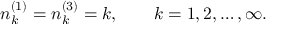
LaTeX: n _ { k } ^ { ( 1 ) } = n _ { k } ^ { ( 3 ) } = k , \qquad k = 1 , 2 , \ldots , \infty .